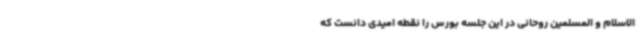
الاسلام و المسلمین روحانی در این جلسه بورس را نقطه امیدی دانست که